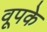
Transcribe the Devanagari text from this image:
वूपके